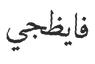
فايظجي